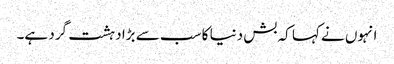
انہوں نے کہا کہ بش دنیا کا سب سے بڑا دہشت گرد ہے۔